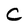
Character: C